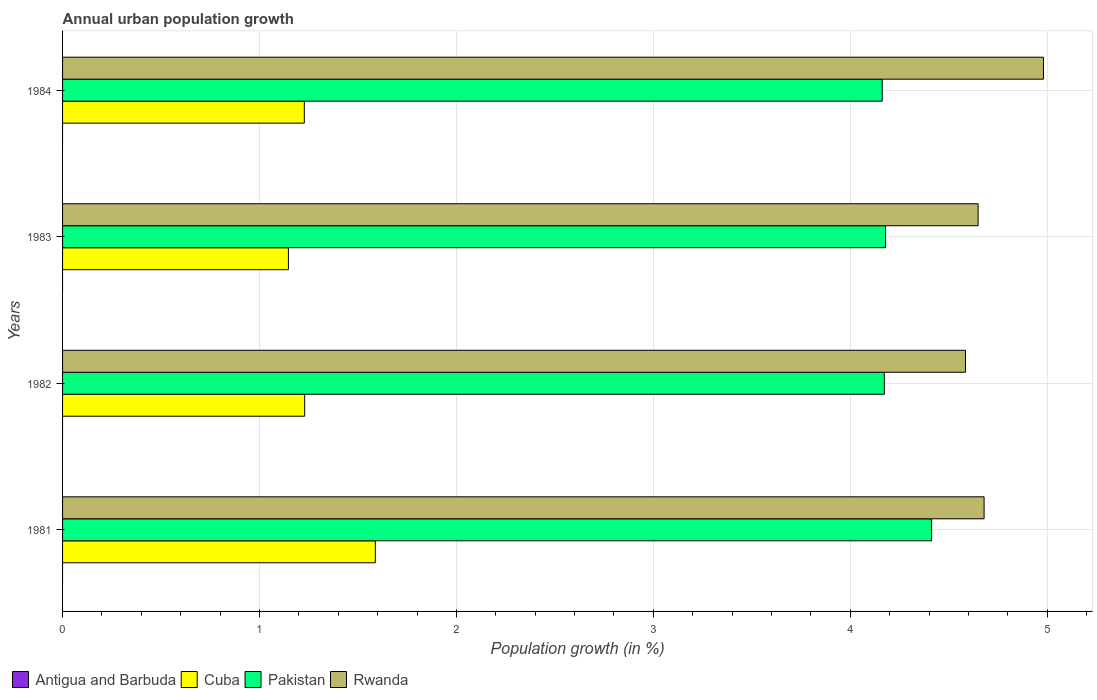
| Years | Antigua and Barbuda | Cuba | Pakistan | Rwanda |
 | --- | --- | --- | --- | --- |
 | 1981 | -0.556 | 1.59 | 4.41 | 4.68 |
 | 1982 | -0.922 | 1.23 | 4.17 | 4.58 |
 | 1983 | -1.22 | 1.15 | 4.18 | 4.65 |
 | 1984 | -1.39 | 1.23 | 4.16 | 4.98 |